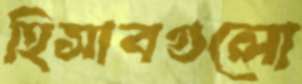
হিসাবগুলো